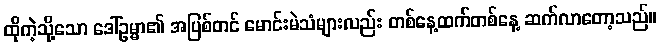
ထိုကဲ့သို့သော ဒေါ်ဥမ္မာ၏ အပြစ်တင် မောင်းမဲသံများလည်း တစ်နေ့ထက်တစ်နေ့ ဆက်လာတော့သည်။